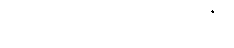
တဖြည်းဖြည်း မှောင်လာပြီ။